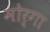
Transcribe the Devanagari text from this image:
मोर्गा